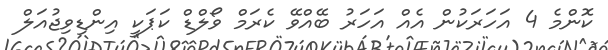
ކޮންމެ 4 އަހަރަކުން އެއް އަހަރު ބޭއްވޭ ކެރަމް ވޯލްޑް ކަޕަކީ އިންޑިވިޖުއަލް